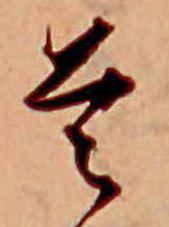
首